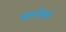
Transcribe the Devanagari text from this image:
कस्तेलो